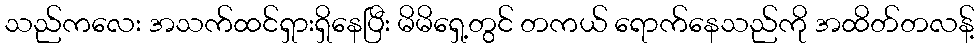
သည်ကလေး အသက်ထင်ရှားရှိနေပြီး မိမိရှေ့တွင် တကယ် ရောက်နေသည်ကို အထိတ်တလန့်